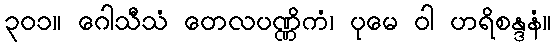
၃၀၁။ ဂေါသီသံ တေလပဏ္ဏိကံ၊ ပုမေ ဝါ ဟရိစန္ဒနံ။